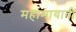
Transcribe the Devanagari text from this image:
महामायावी